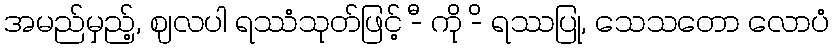
အမည်မှည့်, ဈလပါ ရဿံသုတ်ဖြင့် -ီ ကို -ိ ရဿပြု, သေသတော လောပံ